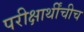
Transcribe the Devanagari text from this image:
परीक्षार्थींचीच